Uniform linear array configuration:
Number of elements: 64
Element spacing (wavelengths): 0.75
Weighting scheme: exponential
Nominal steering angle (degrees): -15
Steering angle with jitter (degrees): -15.577
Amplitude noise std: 0.05
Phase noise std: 0.05

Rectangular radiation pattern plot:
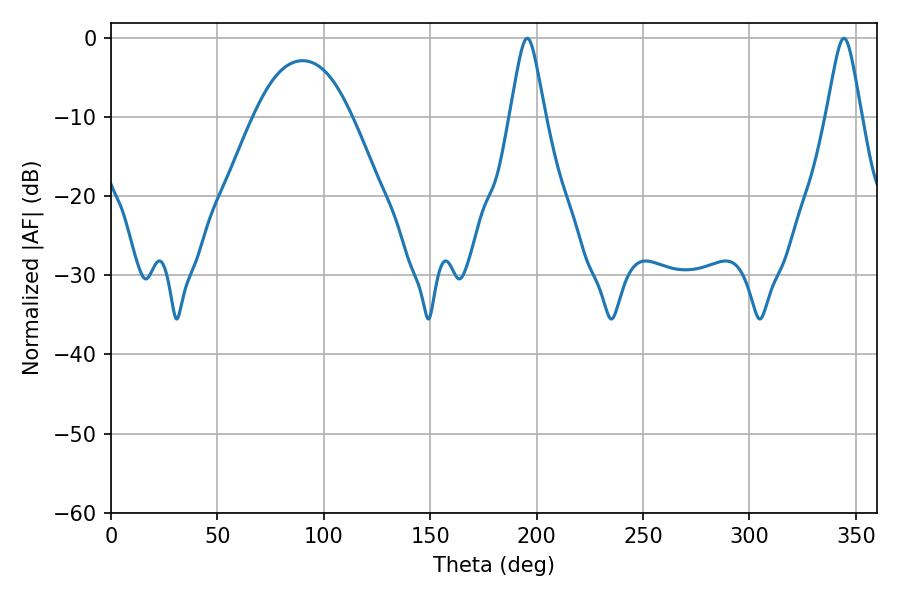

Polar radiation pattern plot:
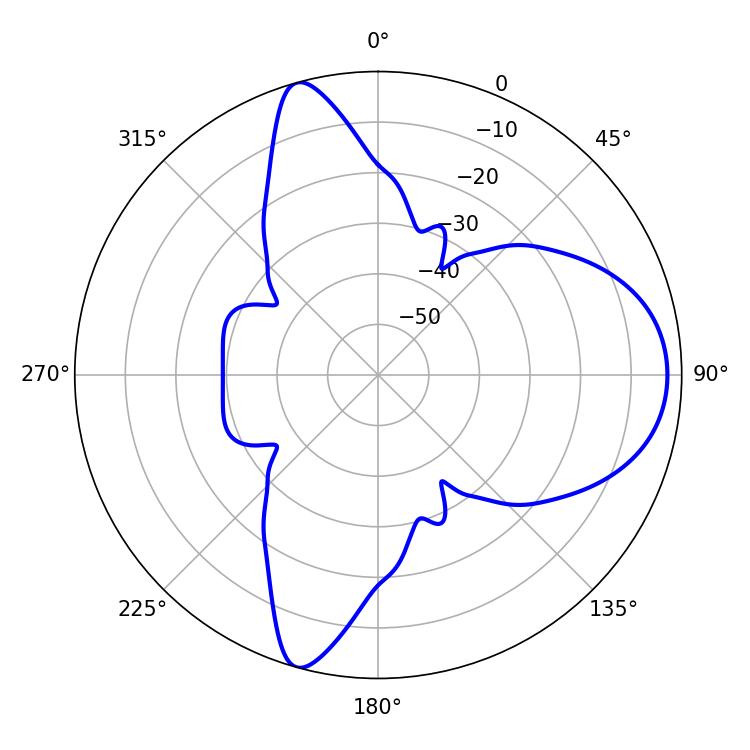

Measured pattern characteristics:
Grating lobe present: TRUE
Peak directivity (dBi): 9.953
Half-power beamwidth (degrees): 7.74
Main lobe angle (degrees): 195.66